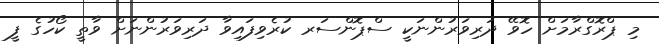
މި ޕްރޮގްރާމަށް ހޮވޭ ދަރިވަރުންނަކީ ސްޕޮންސަރ ކުރެވިފައިވާ ދަރިވަރުންނަށް ވާތީ ކޯހުގެ ފީ